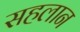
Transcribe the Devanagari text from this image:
सहलान